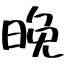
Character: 晚